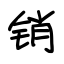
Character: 销